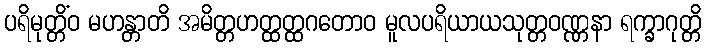
ပရိမုတ္တိံဝ မဟန္တာတိ အမိတ္တဟတ္ထတ္ထဂတောဝ မူလပရိယာယသုတ္တဝဏ္ဏနာ ရက္ခာဂုတ္တိ